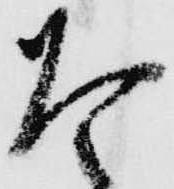
た